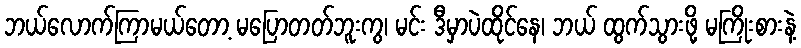
ဘယ်လောက်ကြာမယ်တော့ မပြောတတ်ဘူးကွ၊ မင်း ဒီမှာပဲထိုင်နေ၊ ဘယ် ထွက်သွားဖို့ မကြိုးစားနဲ့